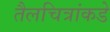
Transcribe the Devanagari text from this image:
तैलचित्रांकडे